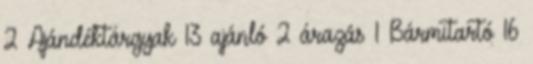
2 Ajándéktárgyak 13 ajánló 2 árazás 1 Bármitartó 16